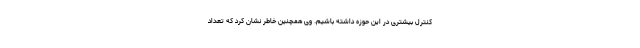
کنترل بیشتری در این حوزه داشته باشیم. وی همچنین خاطر نشان کرد که تعداد